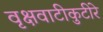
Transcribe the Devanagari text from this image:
वृक्षवाटीकुटीरे